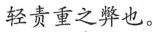
轻责重之弊也。